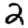
Digit: 2